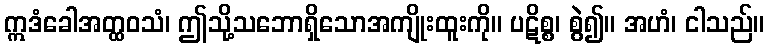
ဣဒံခေါအတ္ထဝသံ၊ ဤသို့သဘောရှိသောအကျိုးထူးကို။ ပဋိစ္စ၊ စွဲ၍။ အဟံ၊ ငါသည်။